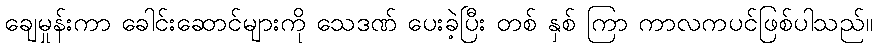
ချေမှုန်းကာ ခေါင်းဆောင်များကို သေဒဏ် ပေးခဲ့ပြီး တစ် နှစ် ကြာ ကာလကပင်ဖြစ်ပါသည်။